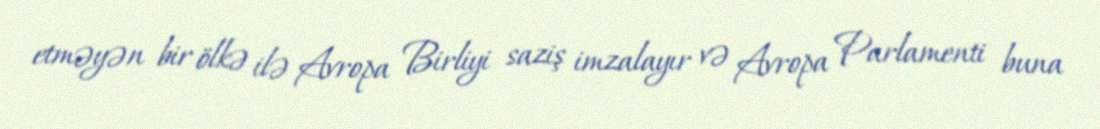
etməyən bir ölkə ilə Avropa Birliyi saziş imzalayır və Avropa Parlamenti buna